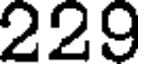
229